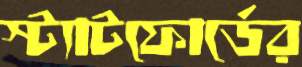
স্ট্যাটফোর্ডের